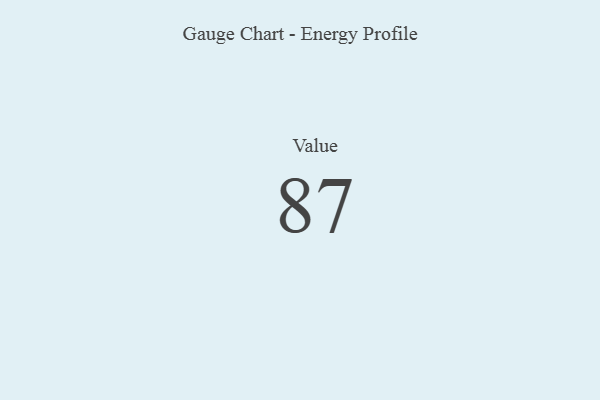
{"axis": {"x": "Metric", "y": "Value"}, "legend": [""], "data": [{"x": "Value", "y": 87, "type": ""}]}